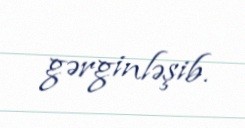
gərginləşib.